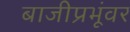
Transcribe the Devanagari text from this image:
बाजीप्रभूंवर